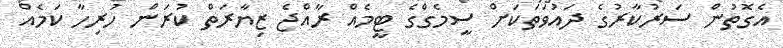
އެގޮތުން ސަރުކާރުގެ ދައުވަތަކަށް ސީމެގްގެ ޓީމެއް ރާއްޖެ ޒިޔާރަތް ކުރަން ހުރިހާ ކަމެއް